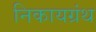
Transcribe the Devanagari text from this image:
निकायग्रंथ